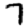
Digit: 7